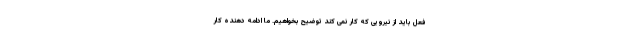
فعل باید از نیرویى که کار نمى کند توضیح بخواهیم. ما ادامه دهنده کار